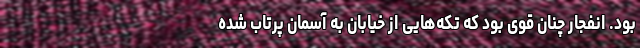
بود. انفجار چنان قوی بود که تکه‌هایی از خیابان به آسمان پرتاب شده